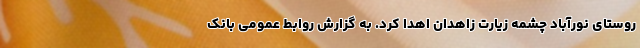
روستای نورآباد چشمه زیارت زاهدان اهدا کرد. به گزارش روابط عمومی بانک